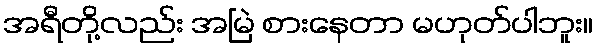
အရီတို့လည်း အမြဲ စားနေတာ မဟုတ်ပါဘူး။